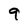
Character: 9